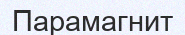
Парамагнит